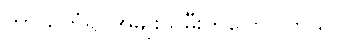
ကာယကံရှင်အမျိုးသမီးကပြောပါတယ်။